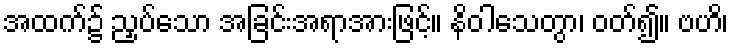
အထက်၌ ညှပ်သော အခြင်းအရာအားဖြင့်။ နိဝါသေတွာ၊ ဝတ်၍။ ဗဟိ၊